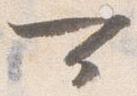
可